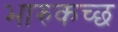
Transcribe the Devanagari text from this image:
भारुकच्छ